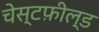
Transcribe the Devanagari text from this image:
चेस्टफ़ील्ड